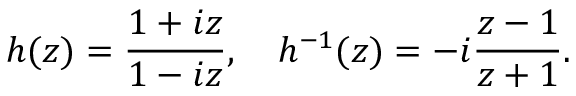
h ( z ) = \frac { 1 + i z } { 1 - i z } , \quad h ^ { - 1 } ( z ) = - i \frac { z - 1 } { z + 1 } .